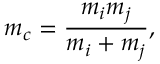
m _ { c } = \frac { m _ { i } m _ { j } } { m _ { i } + m _ { j } } ,